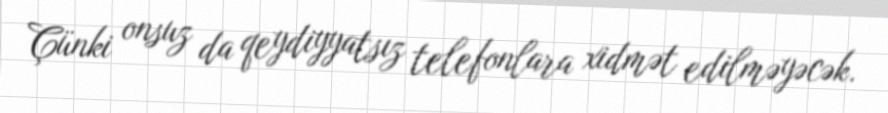
Çünki onsuz da qeydiyyatsız telefonlara xidmət edilməyəcək.